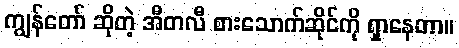
ကျွန်တော် ဆိုတဲ့ အီတလီ စားသောက်ဆိုင်ကို ရှာနေတာ။